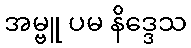
အမ္ဗူ ပမ နိဒ္ဒေသ